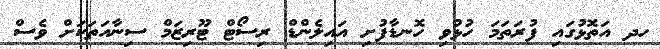
ހދ އަތޮޅުގައި ފުރަތަމަ ހުޅުވި ހޮނޑާފުށި އައިލެންޑް ރިސޯޓް ޓޫރިޒަމް ސިނާއަތަކަށް ވެސް